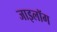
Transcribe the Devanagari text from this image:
जाइलॉग